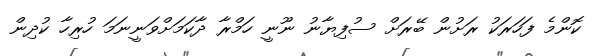
ކޮންމެ ފަހަރަކު ރަށުން ބޭރަށް ސުފިޔާނު ނޫނީ ހަމްރާ ދާކަމަށްވަނީނަމަ ހުރިހާ ކުދިން